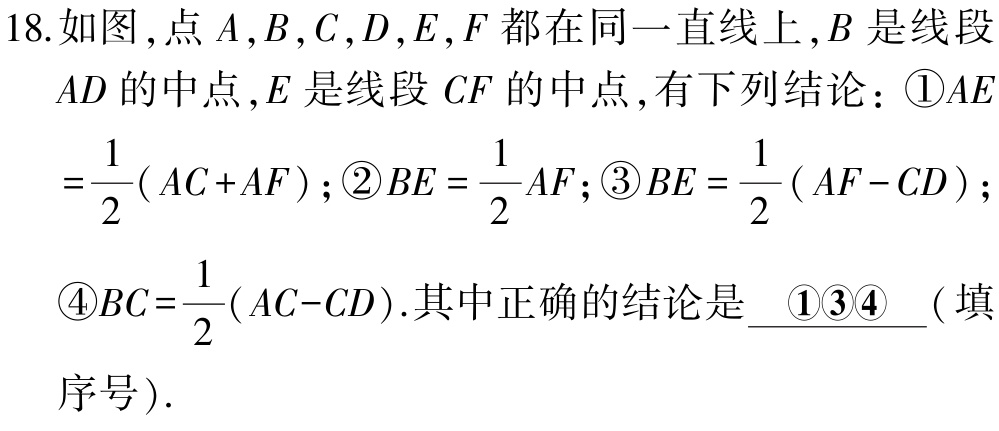
18.如图，点\(A,B,C,D,E,F\)都在同一直线上，\(B\)是线段\(AD\)的中点，\(E\)是线段\(CF\)的中点，有下列结论：\textcircled{1}\(AE = \frac{1}{2}(AC + AF)\)；\textcircled{2}\(BE=\frac{1}{2}AF\)；\textcircled{3}\(BE=\frac{1}{2}(AF - CD)\)；\textcircled{4}\(BC=\frac{1}{2}(AC - CD)\).其中正确的结论是 \_\_\(\textcircled{1}\textcircled{3}\textcircled{4}\)（填序号）.